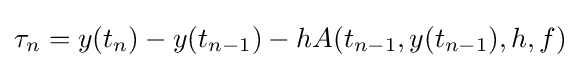
\tau _{n}=y(t_{n})-y(t_{n-1})-hA(t_{n-1},y(t_{n-1}),h,f)